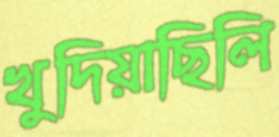
খুদিয়াছিলি